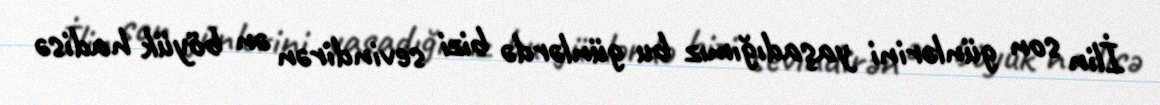
İlin son günlərini yaşadığımız bu günlərdə bizi sevindirən ən böyük hadisə